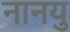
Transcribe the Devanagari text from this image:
नानयु